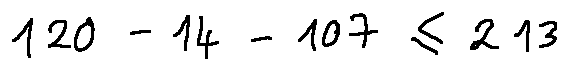
1 2 0 - 1 4 - 1 0 7 \leq 2 1 3